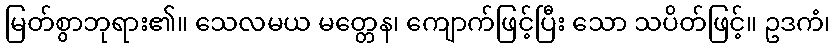
မြတ်စွာဘုရား၏။ သေလမယ မတ္တေန၊ ကျောက်ဖြင့်ပြီး သော သပိတ်ဖြင့်။ ဥဒကံ၊